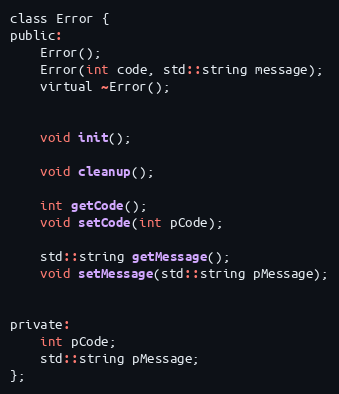
Language: C
class Error {
public:
	Error();
	Error(int code, std::string message);
	virtual ~Error();

	void init();

	void cleanup();

	int getCode();
	void setCode(int pCode);

	std::string getMessage();
	void setMessage(std::string pMessage);

private:
	int pCode;
	std::string pMessage;
};